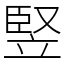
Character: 竪